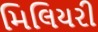
મિલિયરી